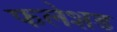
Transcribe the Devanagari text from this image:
फलेशड